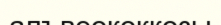
алъвеококкозы